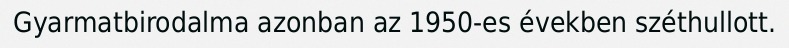
Gyarmatbirodalma azonban az 1950-es években széthullott.